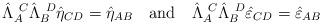
LaTeX: \begin{align*}\hat\Lambda_A^{\ C}\hat\Lambda_B^{\ D}\hat\eta_{CD}=\hat\eta_{AB}\ \ \ \mbox{and}\ \ \ \hat\Lambda_A^{\ C}\hat\Lambda_B^{\ D}\hat\varepsilon_{CD}= \hat\varepsilon_{AB}\end{align*}